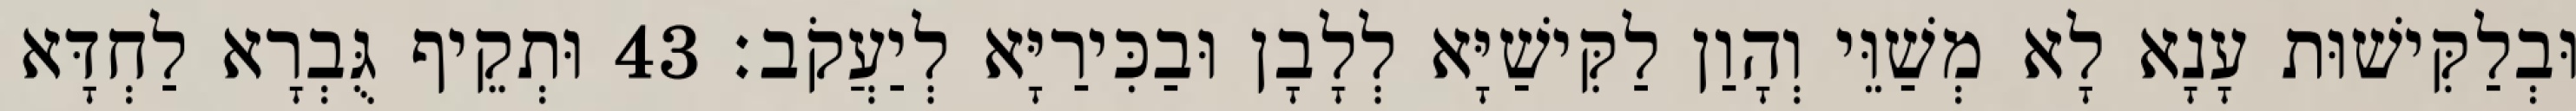
וּבְלַקִּישׁוּת עָנָא לָא מְשַׁוֵּי וְהָוַן לַקִּישַׁיָּא לְלָבָן וּבַכִּירַיָּא לְיַעֲקֹב׃ 43 וּתְקֵיף גֻּבְרָא לַחְדָּא